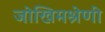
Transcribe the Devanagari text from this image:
जोखिमश्रेणी